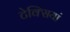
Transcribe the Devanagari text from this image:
टेक्सियां